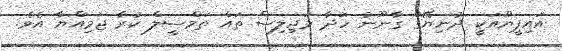
އައިޕީޔޫއަކީ ދުނިޔޭގެ ގާނޫނު ހަދާ މަޖިލިސް ތައް ތަމްސީލް ކުރާ ޖަމިއްޔާ އެވެ.